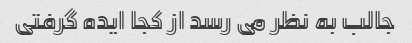
جالب به نظر می رسد از کجا ایده گرفتی